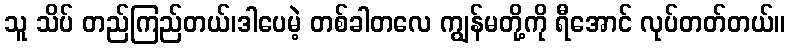
သူ သိပ် တည်ကြည်တယ်၊ဒါပေမဲ့ တစ်ခါတလေ ကျွန်မတို့ကို ရီအောင် လုပ်တတ်တယ်။